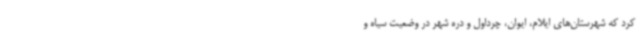
کرد که شهرستان‌های ایلام، ایوان، چرداول و دره شهر در وضعیت سیاه و